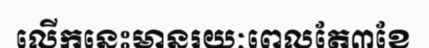
លើកនេះមានរយៈពេលតែ៣ខែ